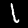
Label: 1